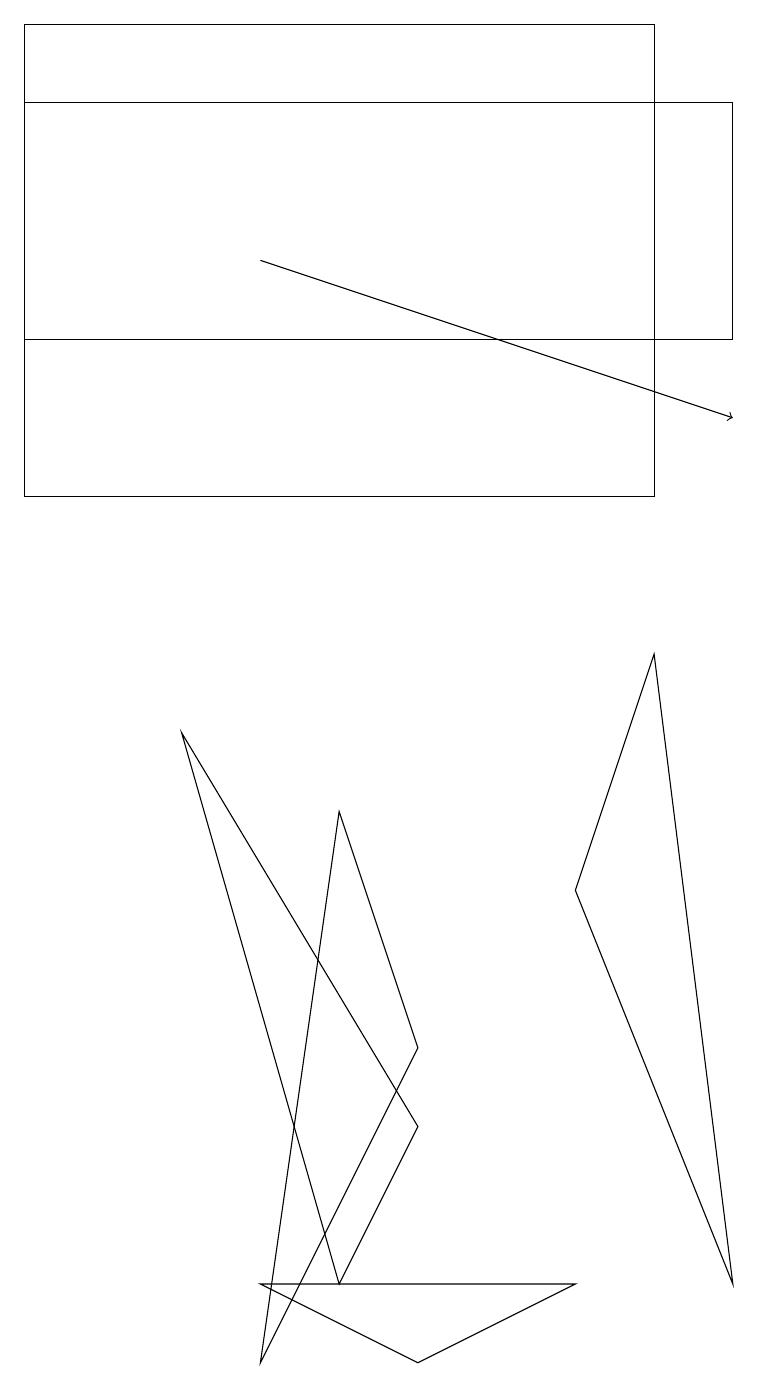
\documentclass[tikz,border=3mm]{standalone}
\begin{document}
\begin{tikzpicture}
\draw (0,13) rectangle (9,16);
\draw (3,1) -- (5,0) -- (7,1) -- cycle;
\draw (8,9) -- (7,6) -- (9,1) -- cycle;
\draw[->] (3,14) -- (9,12);
\draw (4,1) -- (5,3) -- (2,8) -- cycle;
\draw (5,4) -- (4,7) -- (3,0) -- cycle;
\draw (0,11) rectangle (8,17);
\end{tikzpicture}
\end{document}